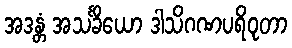
အဒန္တံ အသင်္ခိယော ဒါသိဂဏပရိဝုတာ